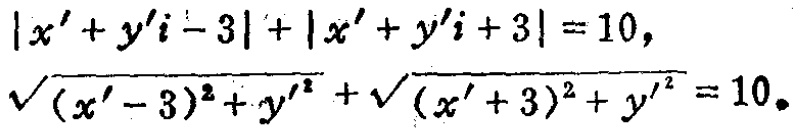
\[
\begin{align*}
|x'+y'i - 3|+|x'+y'i + 3|&=10,\\
\sqrt{(x' - 3)^2 + y'^2}+\sqrt{(x'+ 3)^2 + y'^2}&=10.
\end{align*}
\]